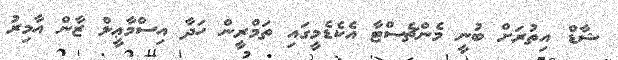
ޝާޑް އިތުރަށް ބުނީ މެންޗެސްޓާ އެކެޑެމީގައި ތަމްރީން ހަދާ އިސްމާޢީލް ޒާން އާމިރު